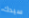
سيدك